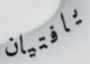
يافتيان